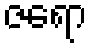
ဇရော